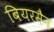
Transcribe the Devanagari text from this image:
बियरमैन